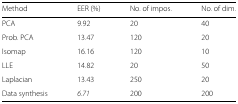
<table><thead><tr><td><b>Method</b></td><td><b>EER (%)</b></td><td><b>No. of impos.</b></td><td><b>No. of dim.</b></td></tr></thead><tbody><tr><td>PCA</td><td>9.92</td><td>20</td><td>40</td></tr><tr><td>Prob. PCA</td><td>13.47</td><td>120</td><td>20</td></tr><tr><td>Isomap</td><td>16.16</td><td>120</td><td>10</td></tr><tr><td>LLE</td><td>14.82</td><td>20</td><td>50</td></tr><tr><td>Laplacian</td><td>13.43</td><td>250</td><td>20</td></tr><tr><td>Data synthesis</td><td><i>6.71</i></td><td>200</td><td>200</td></tr></tbody></table>